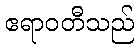
ဧရာဝတီသည်